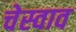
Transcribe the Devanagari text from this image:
चेस्वाव